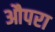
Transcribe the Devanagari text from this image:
औपरा